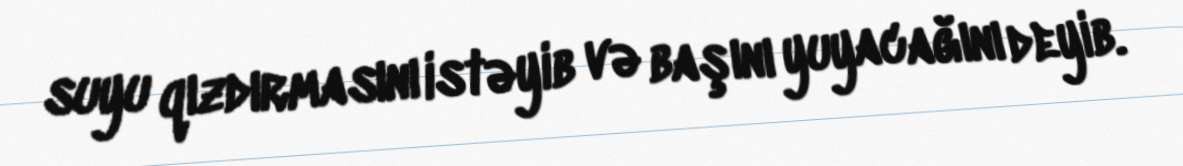
suyu qızdırmasını istəyib və başını yuyacağını deyib.